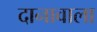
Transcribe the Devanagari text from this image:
दानावाला